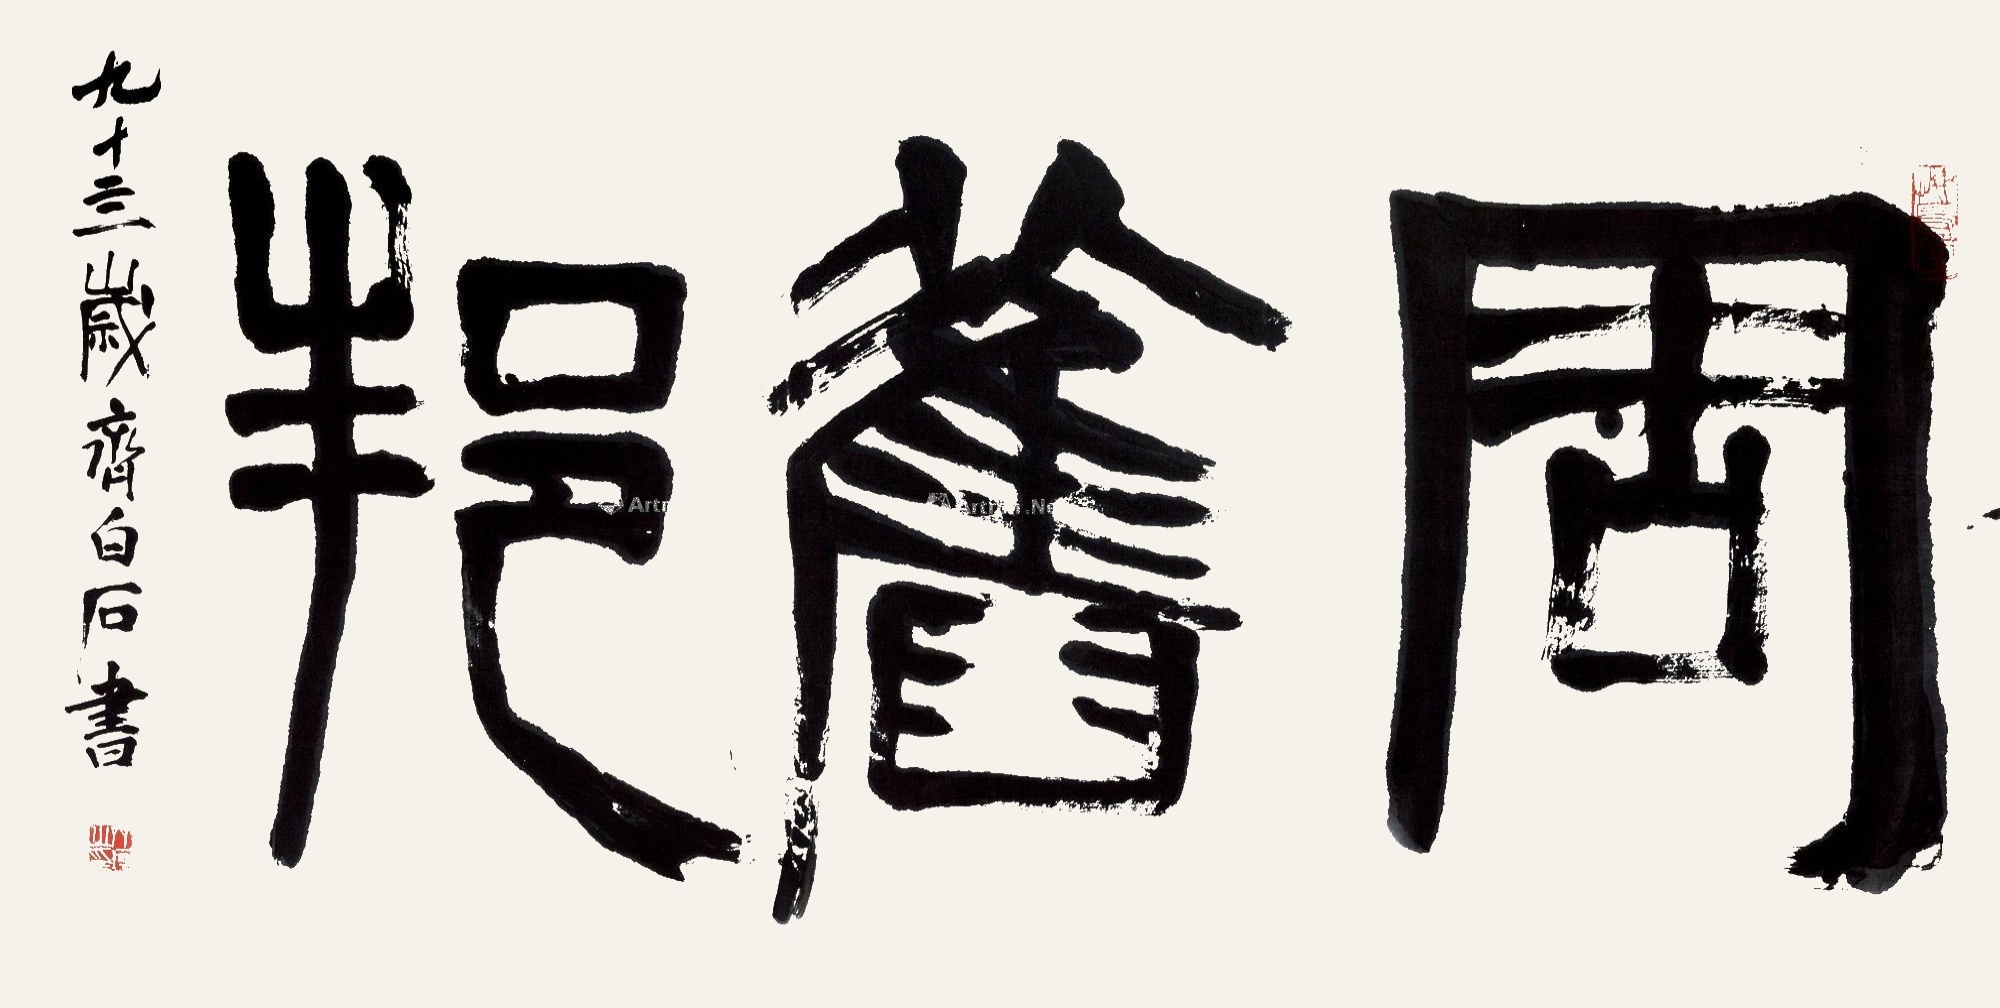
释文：周旧邦。九十四岁齐白石书。